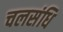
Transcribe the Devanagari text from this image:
चलसंधि